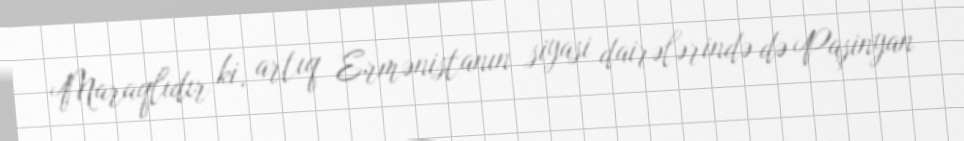
Maraqlıdır ki, artıq Ermənistanın siyasi dairələrində də Paşinyan